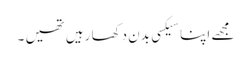
مجھے اپنا سیکسی بدن دکھا رہیں تھیں ۔